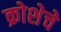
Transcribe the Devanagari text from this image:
क्रोशेचे